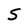
Character: S